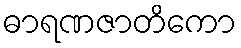
ဓာရဏဇာတိကော